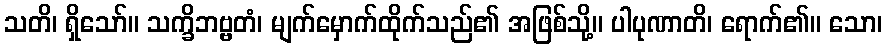
သတိ၊ ရှိသော်။ သက္ခိဘဗ္ဗတံ၊ မျက်မှောက်ထိုက်သည်၏ အဖြစ်သို့။ ပါပုဏာတိ၊ ရောက်၏။ သော၊